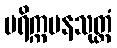
ပရိက္ကမနသုတ္တံ